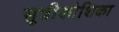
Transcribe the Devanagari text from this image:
सूत्रीकोशिका